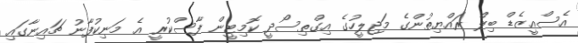
އެސްއީޒެޑް ބިލް ރައްޔިތުންގެ މަޖިލީހުގެ އިގްތިސޯދީ ކޮމިޓީން ފާސްކުރީ އެ މަނިކުފާނު ޗައިނާގައި